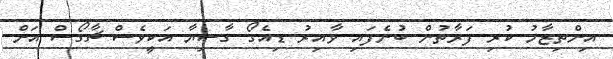
އިންތިޒާމު ކުރި ފަރާތުން ބުނެފައި ވާއިރު ޑިއެގޯ ގާސިޔާ އަކީވެސް ޗާގޯސް އަށް